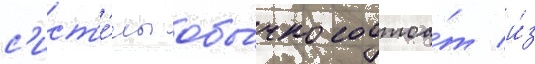
с'ист'е́мы обы́чно состоа́т и́з